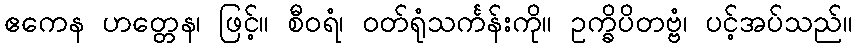
ဧကေန ဟတ္တေန၊ ဖြင့်။ စီဝရံ၊ ဝတ်ရုံသင်္ကန်းကို။ ဥက္ခိပိတဗ္ဗံ၊ ပင့်အပ်သည်။